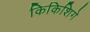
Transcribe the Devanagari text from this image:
किकिशिगे